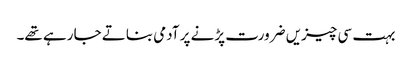
بہت سی چیزیں ضرورت پڑنے پر آدمی بناتے جا رہے تھے۔